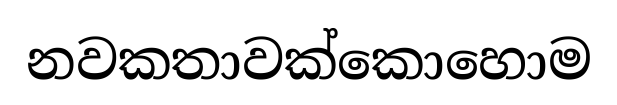
නවකතාවක්කොහොම